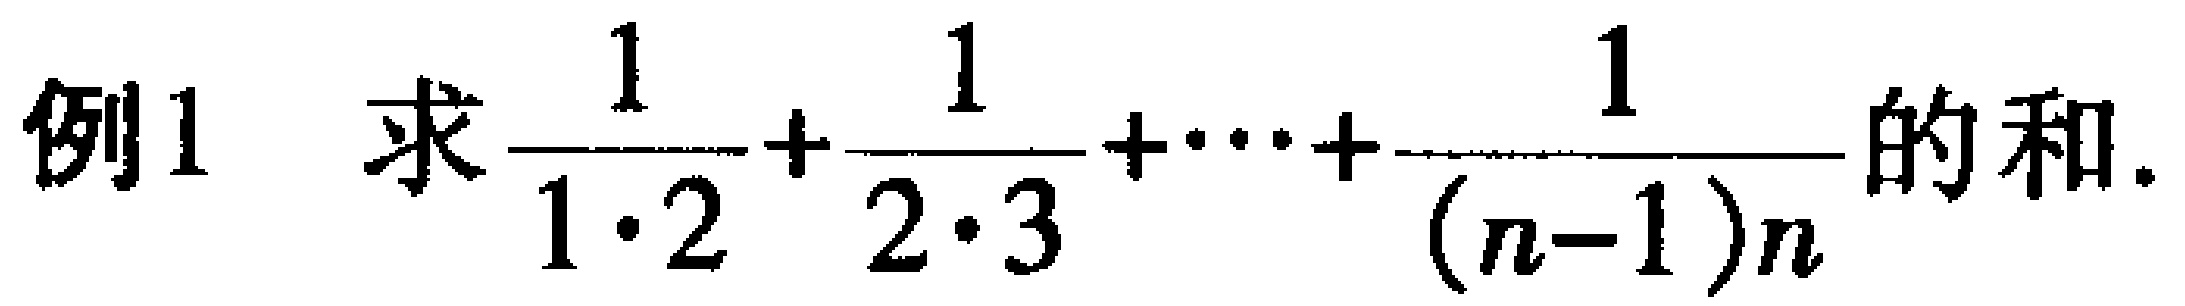
例1 求$\frac{1}{1\cdot2}+\frac{1}{2\cdot3}+\cdots+\frac{1}{(n - 1)n}$的和。